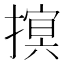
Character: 𢳡